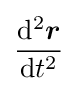
{\frac {\mathrm {d} ^{2}{\boldsymbol {r}}}{\mathrm {d} t^{2}}}